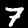
Label: 7